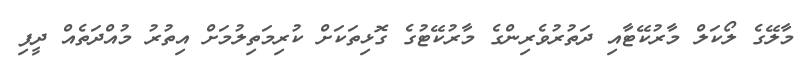
މާލޭގެ ލޯކަލް މާރުކޭޓާއި ދަތުރުވެރިންގެ މާރުކޭޓުގެ ގޮޅިތަކަށް ކުރިމަތިލުމަށް އިތުރު މުއްދަތެއް ދީފި